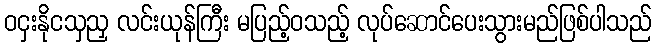
ဝငှးနိုငသှညှ လင်းယုန်ကြီး မပြည့်ဝသည့် လုပ်ဆောင်ပေးသွားမည်ဖြစ်ပါသည်